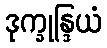
ဒုက္ခုန္ဒြယံ